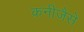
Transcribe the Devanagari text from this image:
कनीजैसे